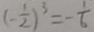
( - \frac { 1 } { 2 } ) ^ { 3 } = - \frac { 1 } { 6 }